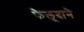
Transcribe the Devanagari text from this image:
फेलूदाने